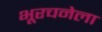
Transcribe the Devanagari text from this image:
भूरचनेला